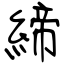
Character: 締